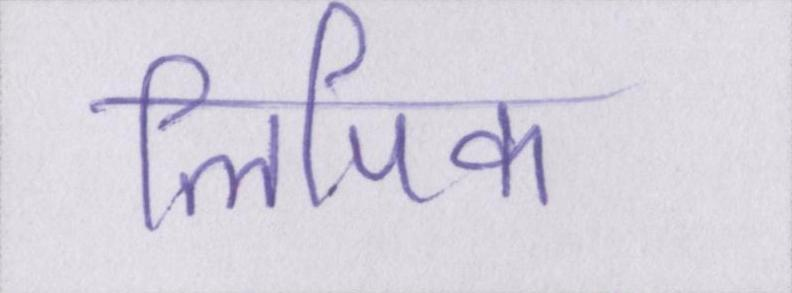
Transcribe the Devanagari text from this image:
लिपिक